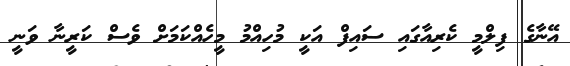
އޭނާގެ ފިލްމީ ކެރިއާގައި ސައިފް އަކީ މުހިއްމު މީހެއްކަމަށް ވެސް ކަރީނާ ވަނީ